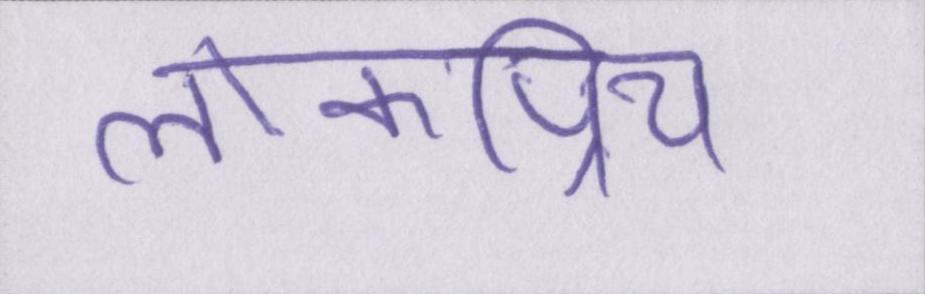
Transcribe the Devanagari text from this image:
लोकप्रिय